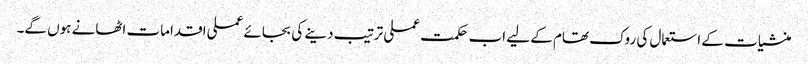
منشیات کے استعمال کی روک تھام کے لیے اب حکمت عملی ترتیب دینے کی بجائے عملی اقدامات اٹھانے ہوں گے۔